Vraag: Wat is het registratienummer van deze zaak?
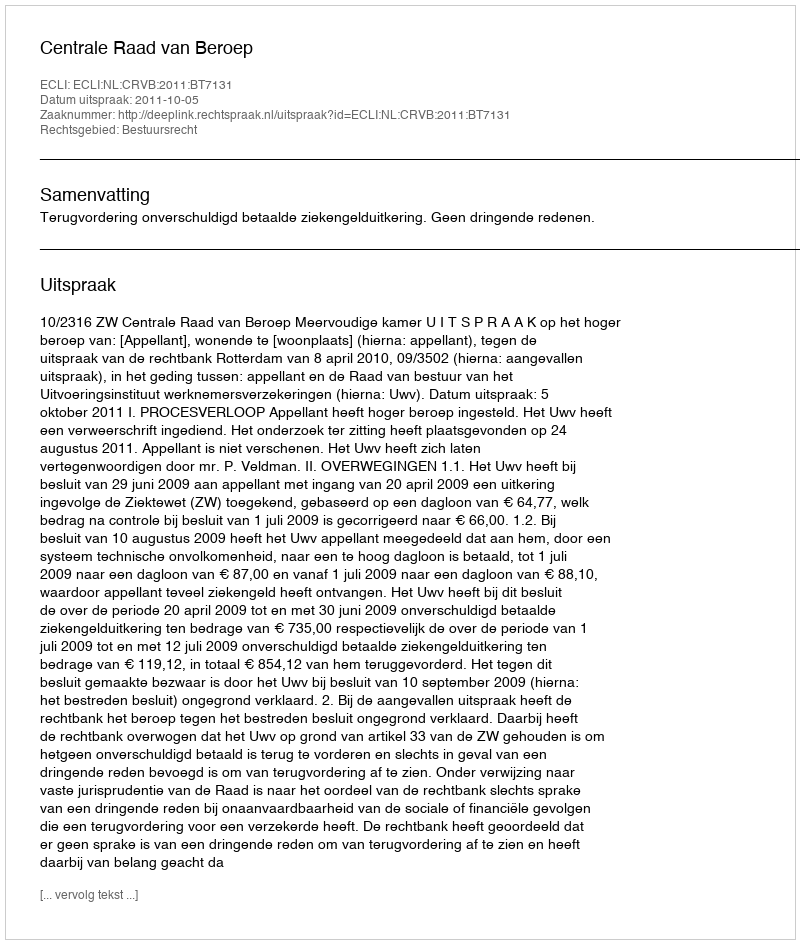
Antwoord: http://deeplink.rechtspraak.nl/uitspraak?id=ECLI:NL:CRVB:2011:BT7131